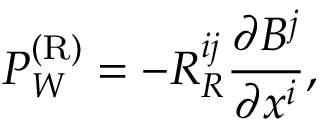
P _ { W } ^ { ( \mathrm { { R } } ) } = - { \cal { R } } _ { R } ^ { i j } \frac { \partial B ^ { j } } { \partial x ^ { i } } ,